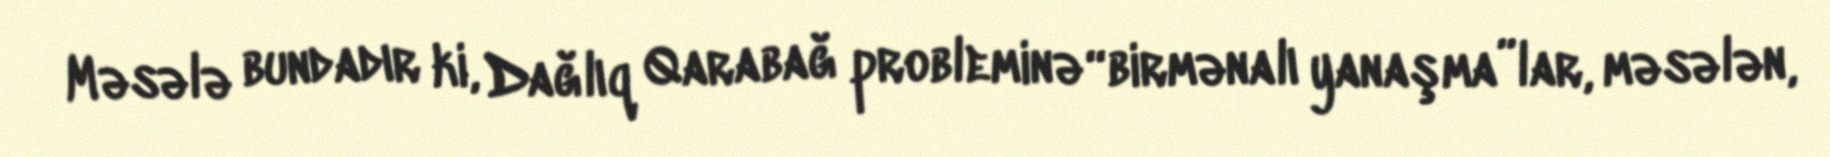
Məsələ bundadır ki, Dağlıq Qarabağ probleminə “birmənalı yanaşma”lar, məsələn,